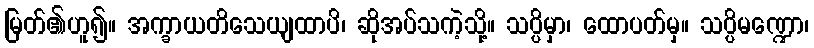
မြတ်၏ဟူ၍။ အက္ခာယတိသေယျထာပိ၊ ဆိုအပ်သကဲ့သို့။ သပ္ပိမှာ၊ ထောပတ်မှ။ သပ္ပိမဏ္ဍော၊